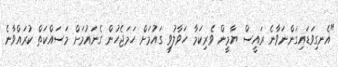
"އެނގިވަޑައިގަންނަވާނެ ރައީސް ޔާމީން ވެރިކަމާ ހަވާލުވީ ގައުމަށް ހަމަޖެހުން ގެނައުމަށް މަސައްކަތް ކުރައްވާނެ